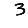
Digit: 3